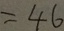
= 4 6